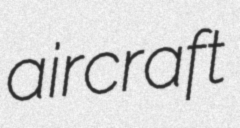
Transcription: aircraft